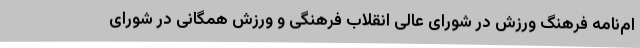
ام‌نامه فرهنگ ورزش در شورای عالی انقلاب فرهنگی و ورزش همگانی در شورای